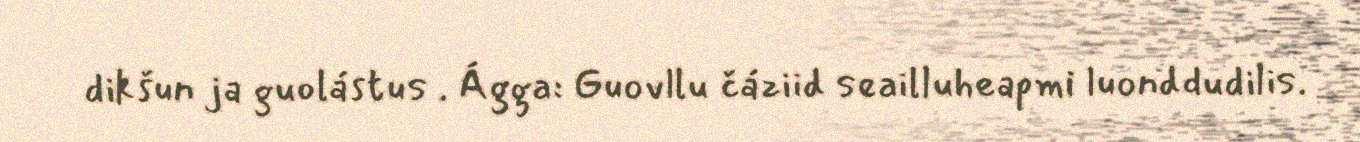
dikšun ja guolástus . Ágga: Guovllu čáziid seailluheapmi luonddudilis.